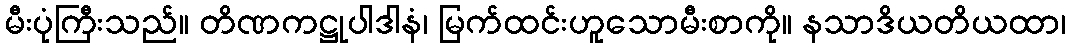
မီးပုံကြီးသည်။ တိဏကဋ္ဌုပါဒါနံ၊ မြက်ထင်းဟူသောမီးစာကို။ နသာဒိယတိယထာ၊